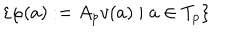
LaTeX: \{ \varphi ( a ) : = A _ { p } v ( a ) \; | \; a \in T _ { p } \}